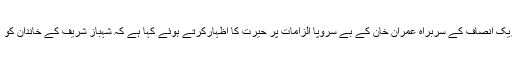
04 مئی2018ء) شریف فیملی کے ترجمان نے تحریک انصاف کے سربراہ عمران خان کے بے سروپا الزامات پر حیرت کا اظہارکرتے ہوئے کہا ہے کہ شہباز شریف کے خاندان کو ’کرپشن لمیٹڈ کمپنی ‘ قرار دینا اخلاقی دیوالیہ پن ہے۔